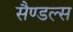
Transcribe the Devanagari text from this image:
सैण्डल्स